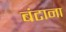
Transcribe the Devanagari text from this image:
बंटाना